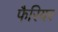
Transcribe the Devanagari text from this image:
फैरियर